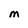
Character: M